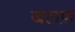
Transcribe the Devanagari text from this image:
खलफ़